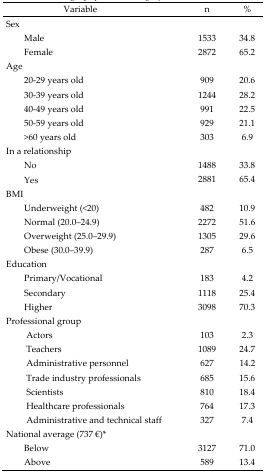
| Variable | n | % |
 | --- | --- | --- |
 | Sex |  |  |
 | Male | 1533 | 34.8 |
 | Female | 2872 | 65.2 |
 | Age |  |  |
 | 20–29 years old | 909 | 20.6 |
 | 30–39 years old | 1244 | 28.2 |
 | 40–49 years old | 991 | 22.5 |
 | 50–59 years old | 929 | 21.1 |
 | >60 years old | 303 | 6.9 |
 | In a relationship |  |  |
 | No | 1488 | 33.8 |
 | Yes | 2881 | 65.4 |
 | BMI |  |  |
 | Underweight (<20) | 482 | 10.9 |
 | Normal (20.0–24.9) | 2272 | 51.6 |
 | Overweight (25.0–29.9) | 1305 | 29.6 |
 | Obese (30.0–39.9) | 287 | 6.5 |
 | Education |  |  |
 | Primary/Vocational | 183 | 4.2 |
 | Secondary | 1118 | 25.4 |
 | Higher | 3098 | 70.3 |
 | Professional group |  |  |
 | Actors | 103 | 2.3 |
 | Teachers | 1089 | 24.7 |
 | Administrative personnel | 627 | 14.2 |
 | Trade industry professionals | 685 | 15.6 |
 | Scientists | 810 | 18.4 |
 | Healthcare professionals | 764 | 17.3 |
 | Administrative and technical staff | 327 | 7.4 |
 | National average (737 €)* |  |  |
 | Below | 3127 | 71.0 |
 | Above | 589 | 13.4 |